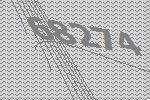
68274